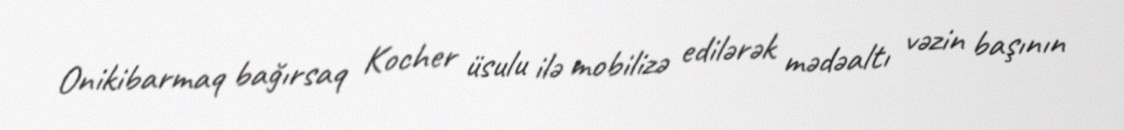
Onikibarmaq bağırsaq Kocher üsulu ilə mobilizə edilərək mədəaltı vəzin başının